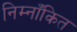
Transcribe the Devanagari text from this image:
निम्नाँकित